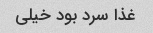
غذا سرد بود خیلی